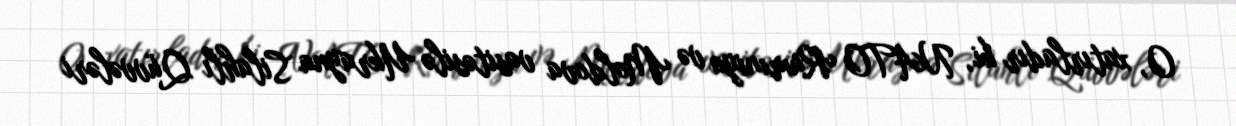
O, xatırladır ki, NATO Rumıniya və Moldova vasitəsilə Ukrayna Silahlı Qüvvələri